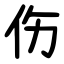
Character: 伤